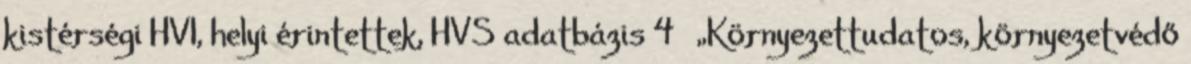
kistérségi HVI, helyi érintettek, HVS adatbázis 4 ▪„Környezettudatos, környezetvédő